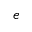
^ { e }